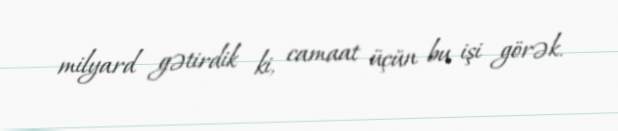
milyard gətirdik ki, camaat üçün bu işi görək.